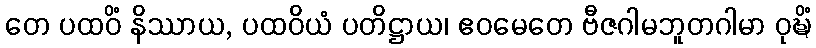
တေ ပထဝိံ နိဿာယ, ပထဝိယံ ပတိဋ္ဌာယ၊ ဧဝမေတေ ဗီဇဂါမဘူတဂါမာ ဝုဍ္ဎိံ